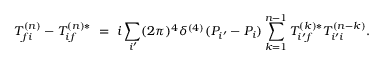
T _ { f i } ^ { ( n ) } - T _ { i f } ^ { ( n ) * } \ = \ i \sum _ { i ^ { \prime } } ( 2 \pi ) ^ { 4 } \delta ^ { ( 4 ) } ( P _ { i ^ { \prime } } - P _ { i } ) \sum _ { k = 1 } ^ { n - 1 } T _ { i ^ { \prime } f } ^ { ( k ) * } T _ { i ^ { \prime } i } ^ { ( n - k ) } .